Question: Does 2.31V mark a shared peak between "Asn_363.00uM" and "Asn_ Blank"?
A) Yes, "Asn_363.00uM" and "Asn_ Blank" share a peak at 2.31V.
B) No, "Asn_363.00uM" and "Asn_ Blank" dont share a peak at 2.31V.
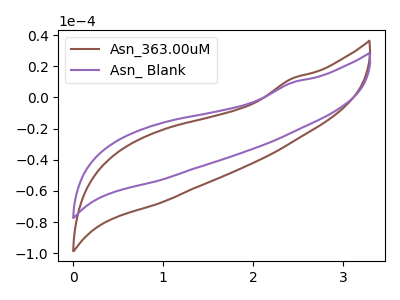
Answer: <think>The brown curve "Asn_363.00uM" has no peaks. The purple curve "Asn_ Blank" has no peaks.</think>
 <answer>B) No, "Asn_363.00uM" and "Asn_ Blank" dont share a peak at 2.31V.</answer>
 <eval>B</eval>